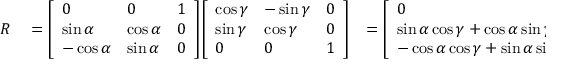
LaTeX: \begin{array} { r l r } { R } & { { } = { \left[ \begin{array} { l l l } { 0 } & { 0 } & { 1 } \\ { \sin \alpha } & { \cos \alpha } & { 0 } \\ { - \cos \alpha } & { \sin \alpha } & { 0 } \end{array} \right] } { \left[ \begin{array} { l l l } { \cos \gamma } & { - \sin \gamma } & { 0 } \\ { \sin \gamma } & { \cos \gamma } & { 0 } \\ { 0 } & { 0 } & { 1 } \end{array} \right] } } & { = { \left[ \begin{array} { l l l } { 0 } & { 0 } & { 1 } \\ { \sin \alpha \cos \gamma + \cos \alpha \sin \gamma } & { - \sin \alpha \sin \gamma + \cos \alpha \cos \gamma } & { 0 } \\ { - \cos \alpha \cos \gamma + \sin \alpha \sin \gamma } & { \cos \alpha \sin \gamma + \sin \alpha \cos \gamma } & { 0 } \end{array} \right] } } \end{array}